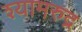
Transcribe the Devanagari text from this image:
श्यामरुद्र